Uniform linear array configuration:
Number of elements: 48
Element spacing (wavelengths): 1
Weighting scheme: cosine
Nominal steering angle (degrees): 15
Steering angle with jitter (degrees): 13.282
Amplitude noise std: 0.05
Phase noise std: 0.05

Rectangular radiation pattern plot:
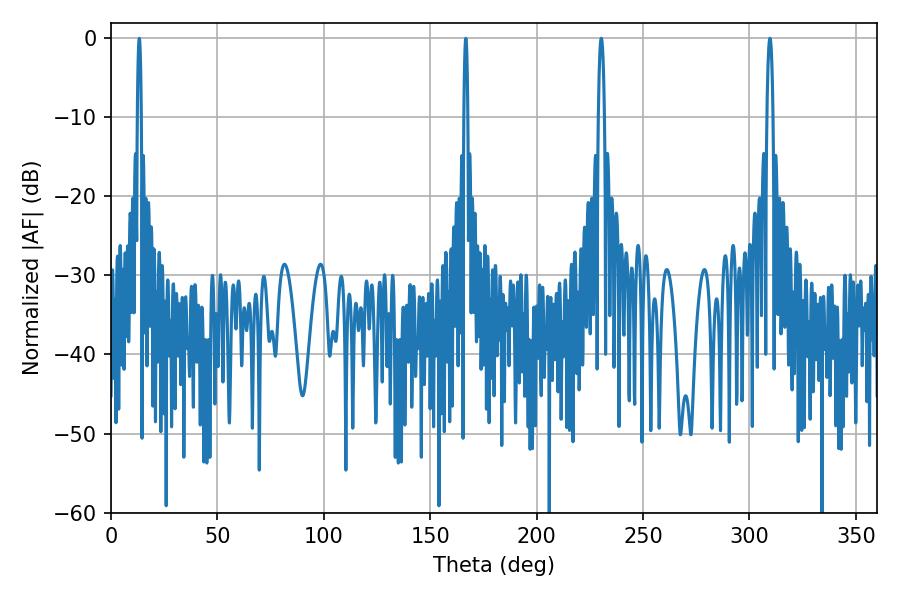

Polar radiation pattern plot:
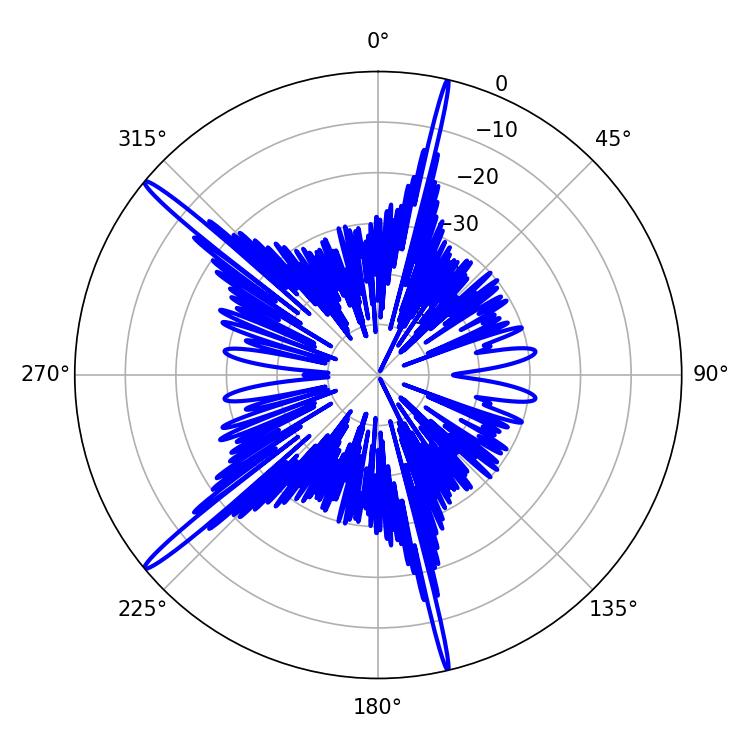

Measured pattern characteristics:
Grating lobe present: TRUE
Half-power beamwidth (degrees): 1.44
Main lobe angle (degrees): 309.6